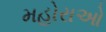
મહોરાઓ